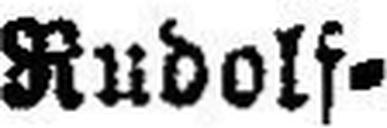
Rudolf¬